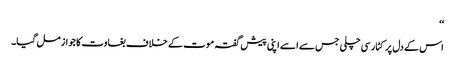
‘‘
اس کے دل پر کٹار سی چلی جس سے ا سے اپنی پیش گفتہ موت کے خلاف بغاوت کا جواز مل گیا۔